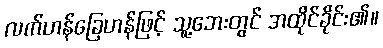
လက်ဟန်ခြေဟန်ဖြင့် သူ့ဘေးတွင် အထိုင်ခိုင်း၏။